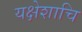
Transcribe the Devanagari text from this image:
यक्षेशाचि